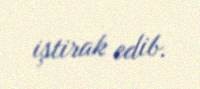
iştirak edib.